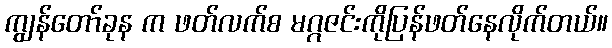
ကျွန်တော်ခုန က ဖတ်လက်စ မဂ္ဂဇင်းကိုပြန်ဖတ်နေလိုက်တယ်။